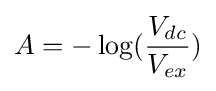
A=-\log({\frac {V_{dc}}{V_{ex}}})